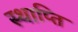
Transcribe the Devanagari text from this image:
स्थाप्ति